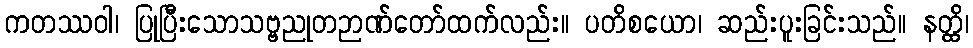
ကတဿဝါ၊ ပြုပြီးသောသဗ္ဗညုတဉာဏ်တော်ထက်လည်း။ ပတိစယော၊ ဆည်းပူးခြင်းသည်။ နတ္ထိ၊